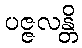
ပဇ္ဇလန္တိ